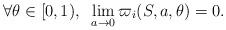
LaTeX: \begin{align*}\forall \theta \in [0,1), \; \; \lim_{a \rightarrow 0} \varpi_i(S,a,\theta) = 0.\end{align*}